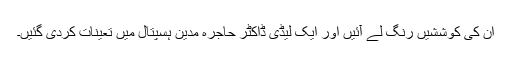
ان کی کوششیں رنگ لے آئیں اور ایک لیڈی ڈاکٹر حاجرہ مدین ہسپتال میں تعینات کردی گئیں۔